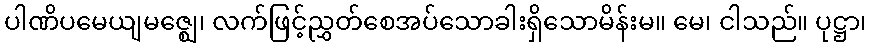
ပါဏိပမေယျမဇ္ဈေ၊ လက်ဖြင့်ညွှတ်စေအပ်သောခါးရှိသောမိန်းမ။ မေ၊ ငါသည်။ ပုဋ္ဌာ၊